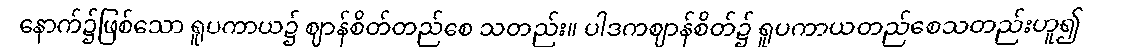
နောက်၌ဖြစ်သော ရူပကာယ၌ ဈာန်စိတ်တည်စေ သတည်း။ ပါဒကဈာန်စိတ်၌ ရူပကာယတည်စေသတည်းဟူ၍